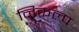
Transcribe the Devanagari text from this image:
निकल्प